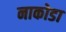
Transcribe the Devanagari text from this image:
नाकोडा